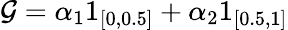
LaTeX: \mathcal{G}=\alpha_{1}1_{[0,0.5]}+\alpha_{2}1_{[0.5,1]}